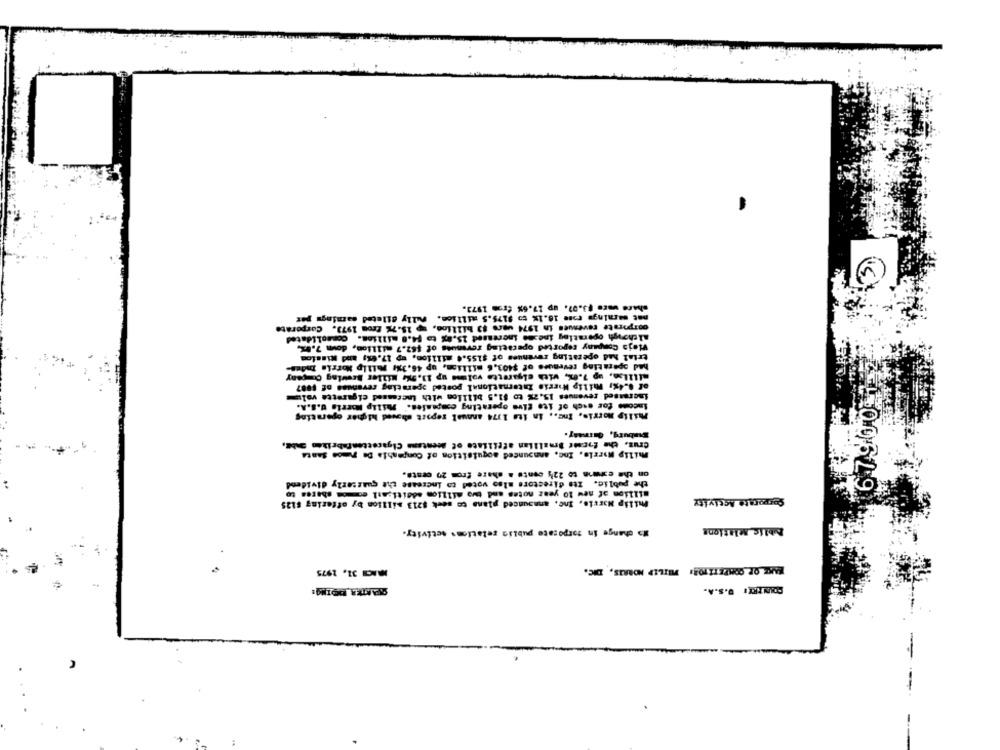
share ware $3.07. up 17.6% fr == 1973.
mat maraings rose 16.1% to 9175.5 million. Fully alleted samnings pt
corporate revenues in 1974 vers $3 billion, sp 15.7% from 1973, Corporate
Veja Company reported operating revenues of $52.7 million, down 7.02.
trial had operating revenues of $155.4 million, up 17.6x; and Mission
aililse, up 7.6%, with cigarette volme up 13.5%, Killer Brewing Ou gany
of .. 4%; Philip Morris International posted operating revenues of 1087
Increased revenues 15,2% to $1.5 billion with increased cigarette volume
Income for each of ite give operating companies. Philip Morris U.S.A.
Philip morris, Inc ., in its 1374 annual report shaved higher operating
67900
Crus, the former Brmallian affiliate of deentame Cigarettenfabriken ENbe,
Philip Morris, Inc. announced aoquisition of Companhia De Timon Santa
on the exis to 224 cents a share from 29 cesta.
the public. Its directors algo voted to increase the quarterly dividend
Philip Morris, Inc, announced plans to seek $213 million by offering $125
Corporate Activity
No change in torporato public relations activity.
Public Mlations
MACI 31, 2975
LAKE OF COMPETITOR: PHILIP MORRIS, DIC.
COUNTREI D.S.A.
--